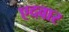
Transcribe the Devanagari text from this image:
एदवार